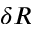
\delta R